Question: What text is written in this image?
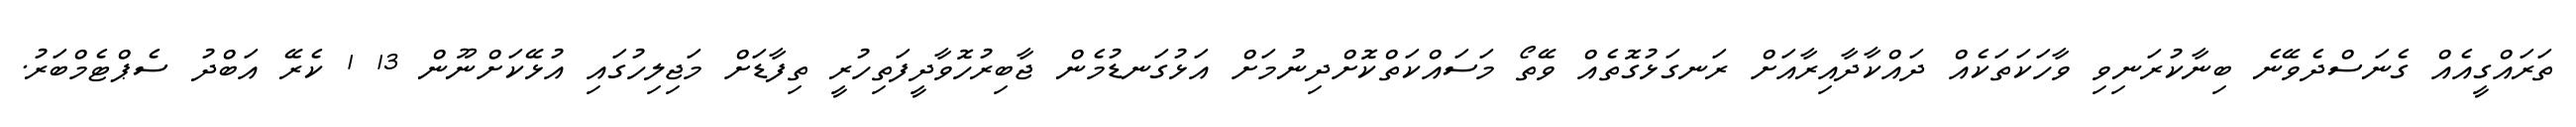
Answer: ތަރައްގީއެއް ގެނަސްދެވޭނެ ބިނާކުރަނިވި ވާހަކަތަކެއް ދައްކާދާއިރާއަށް ރަނގަޅުގޮތެއް ވޭތޯ މަސައްކަތްކޮށްދިނުމަށް އަޅުގަނޑުމެން ޖާބިރުހޮވާދީފަތިހުރީ ތިފާޑަށް މަޖިލިހުގައި އުޅޭކަށްނޫން 13 1 ކެރޭ އަބްދު ސެޕްޓެމްބަރު.